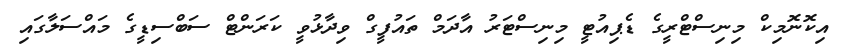
އިކޮނޮމިކް މިނިސްޓްރީގެ ޑެޕިއުޓީ މިނިސްޓަރު އާދަމް ތައުފީގް ވިދާޅުވީ ކަރަންޓް ސަބްސިޑީގެ މައްސަލާގައި